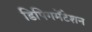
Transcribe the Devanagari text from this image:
डिपिगमेंटेशन